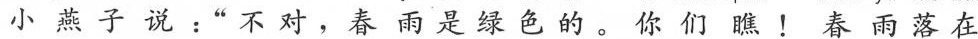
小燕子说：”不对，春雨是绿色的。你们瞧！春雨落在